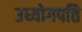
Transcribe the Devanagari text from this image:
उध्योगपति